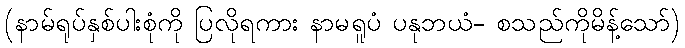
(နာမ်ရုပ်နှစ်ပါးစုံကို ပြလိုရကား နာမရူပံ ပနုဘယံ- စသည်ကိုမိန့်သော်)